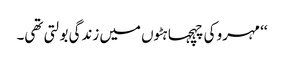
‘‘ مہرو کی چہچہاہٹوں میں زندگی بولتی تھی۔